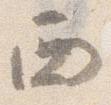
西